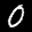
Label: 0